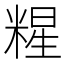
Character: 𱹏